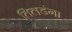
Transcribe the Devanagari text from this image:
तिलडंगा